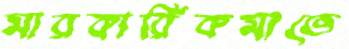
মারকার্রিকমাতে